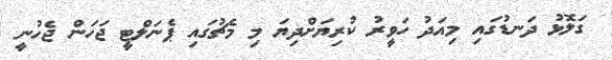
ގަލޮޅު ދަނޑުގައި މިއަދު ހަވީރު ކުރިޔަށްދިޔަ މި މެޗުގައި ޕެނަލްޓީ ޖަހަން ޖެހުނީ